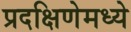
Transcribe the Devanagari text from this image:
प्रदक्षिणेमध्ये